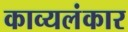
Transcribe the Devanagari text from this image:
काव्यलंकार